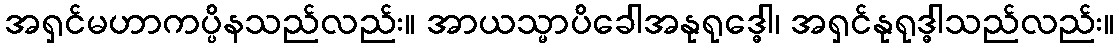
အရှင်မဟာကပ္ပိနသည်လည်း။ အာယသ္မာပိခေါအနုရုဒ္ဓေါ၊ အရှင်နုရုဒ္ဓါသည်လည်း။